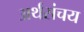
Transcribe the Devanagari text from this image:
अर्थसंचय